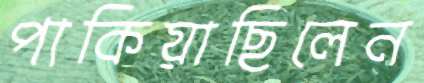
পাকিয়াছিলেন